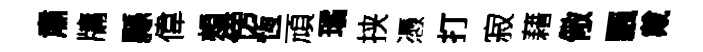
肅牗縣偉頰傍恆頑璚挟憑打寂藉儆飄戴